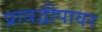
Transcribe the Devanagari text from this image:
प्रायद्वीपावर